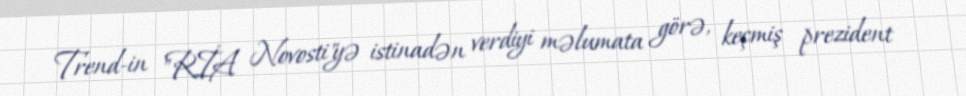
Trend-in "RİA Novosti"yə istinadən verdiyi məlumata görə, keçmiş prezident